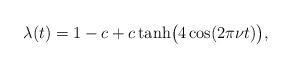
LaTeX: \begin{align*} \lambda(t) = 1-c + c \tanh \bigl( 4 \cos(2\pi \nu t) \bigr),\end{align*}